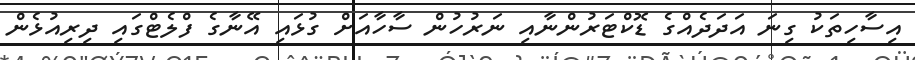
އިސާހިތަކު ގިނަ އަދަދެއްގެ ޑޮކްޓަރުންނާއި ނަރުހުން ސާހާއަށް ގުޅައި އޭނާގެ ފްލެޓްގައި ދިރިއުޅެން